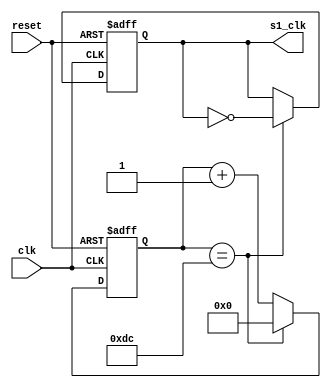
//////////////////////////////////////////////////////////////////////////////////
// Company: 
// Engineer: 
// 
// Design Name: 
// Module Name:    div_800kHZ 
// Project Name: 
// Target Devices: 
// Tool versions: 
// Description: 
//
// Dependencies: 
//
// Revision: 
// Revision 0.01 - File Created
// Additional Comments: 
//	Gracias a esta pagina por el modelo a seguir para el divisor de frecuencia:
//	http://es.edaboard.com/topic-1696772.0.html
//////////////////////////////////////////////////////////////////////////////////
module div_800kHZ (

///Entradas y Salidas del Divisor
	input wire clk,      
	input wire reset,    
	output reg s1_clk    
    );
	 
	reg [7:0] cuenta;//Bus de datos de 7 bits referente al contador
						  
	 
	always @(posedge clk,posedge reset) //Se procede a realizar el codigo posterior siempre que "clk" o "reset" estn en alto.
		begin
			if (reset) //Si sucede reset, entonces clk=0 y se reinicia la cuenta.
				begin
					s1_clk <= 0;
					cuenta <= 0;
				end 
			else
				begin		
					if (cuenta == 8'd220)
						
						begin                    
							cuenta <= 8'h0;  //Se resetea la cuenta asignandole cero   
							s1_clk <= ~s1_clk; 
						end 
					else 
						cuenta <= cuenta + 1'b1; 
				end
	end
 
endmodule